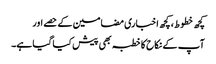
کچھ خطوط، کچھ اخباری مضامین کے حصے اور
آپ کے نکاح کا خطبہ بھی پیش کیا گیا ہے۔